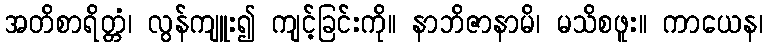
အတိစာရိတ္တံ၊ လွန်ကျူး၍ ကျင့်ခြင်းကို။ နာဘိဇာနာမိ၊ မသိစဖူး။ ကာယေန၊